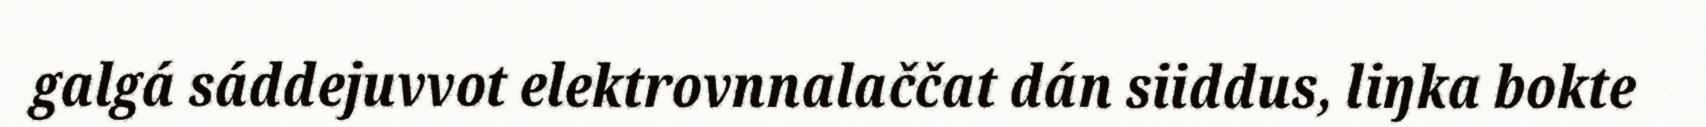
galgá sáddejuvvot elektrovnnalaččat dán siiddus, liŋka bokte